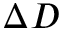
\Delta D